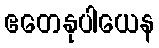
ဧတေနုပါယေန